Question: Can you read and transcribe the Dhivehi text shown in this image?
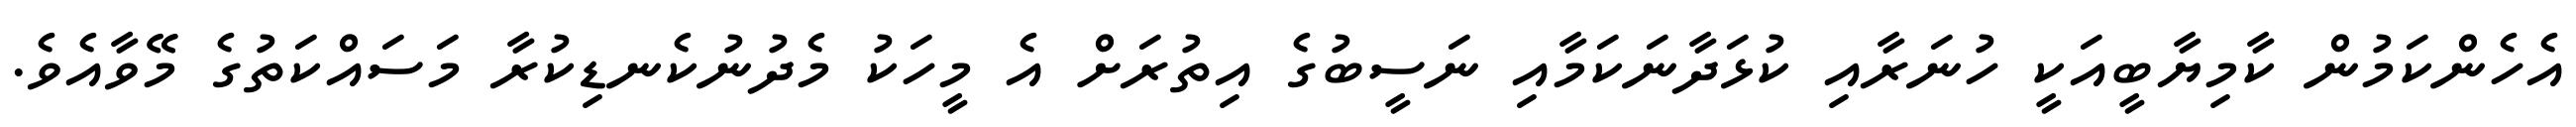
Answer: އެހެންކަމުން ކާމިޔާބީއަކީ ހުނަރާއި ކުޅަދާނަކަމާއި ނަސީބުގެ އިތުރަށް އެ މީހަކު މެދުނުކެނޑިކުރާ މަސައްކަތުގެ މޭވާއެވެ.